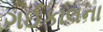
ગઈકાલના